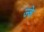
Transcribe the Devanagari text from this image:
ज्के